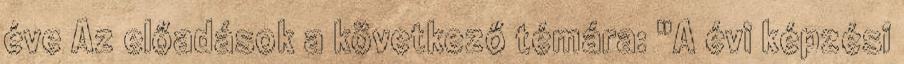
éve Az előadások a következő témára: "A évi képzési